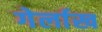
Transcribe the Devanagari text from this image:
गेर्लाख